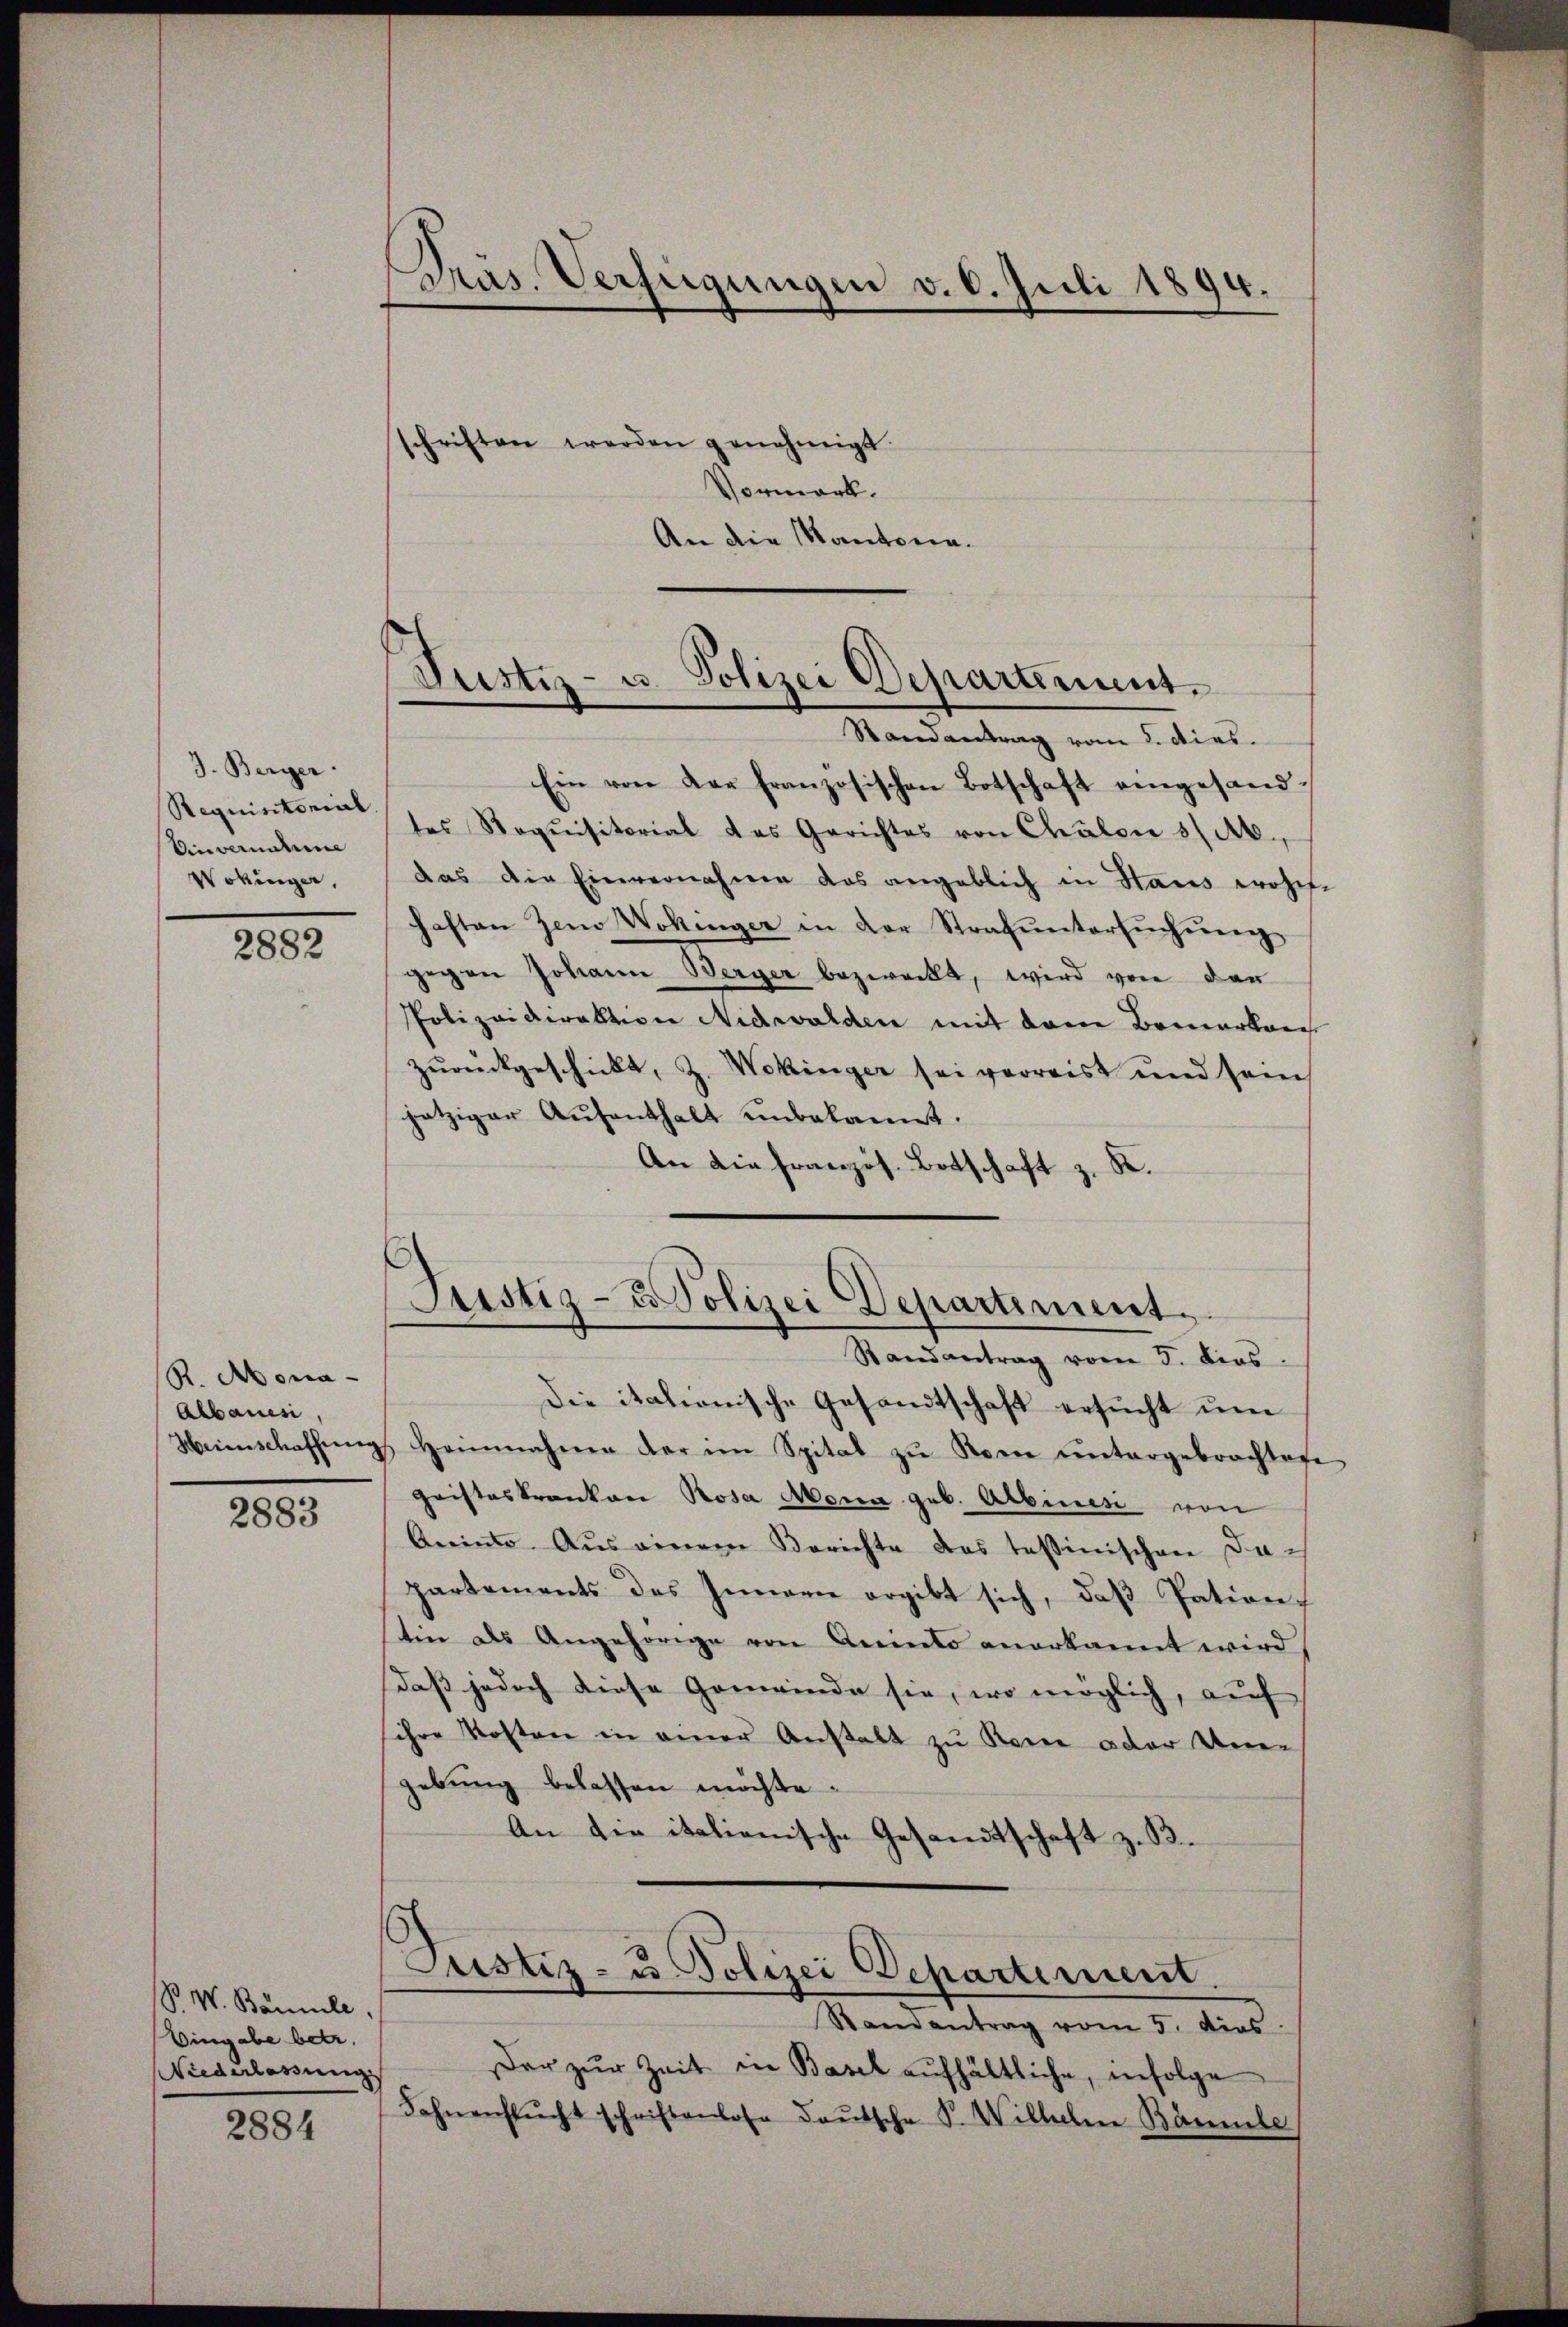
J. Berger
Requisitorial
Einvernahme
Wokinger,

2882

R. Mona¬
Abbaues,

2883

P. W. Bannle,
Eingabe betr.
Niederlassung

2884

Prus. Verfügungen v. 6. Juli 1894.

schriften werden genehmigt.
Vormerk.
An die Kantona¬

Justiz- u. Polizei Departement.
Randantrag vom 2. dies.

Ein von der französischen Botschaft eingesandtes Requisitorial des Gerichtes von Chalen 3/Ab.,
das die Einvernahme das angeblich in Staus wohn-
haften Zeno Wohinger in der Strafŭntersŭchŭng
gegen Johann Berger bezweckt, wird von der
PPolizeidirektion Nidwalden mit dem Bemerken
zŭrückgeschickt, z. Wokinger sei verreist und sein
jetziger Aufenthalt unbekannt.
An die französ. Botschaft z. K.

Justiz- & Polizei Departement.
Randantrag vom 5. dies

Die itationische Gesandtschaft ersucht um
Weinschaffŭng Heinnahmen der im Spital zŭ Rom ŭntergebrachtete
gristeskranken Rosa Mona geb. Albinesi von
Aninte. Aus einem Berichte das tessinischen Dapartements des Innern ergibt sich, daß Pation
tin als Angehörige von Aninto anerkannt wird
daß jedoch diese Gemeinde sie, wo möglich, auf
schen Kosten in einer Anstalt zu Rome oder Uner
gebung belassen möchte.
An die italienische Gesandtschaft z. B.
Justiz- u. Polizei Departement
Randantrag vom 5. dies
Der zŭr Zeit in Basel aufhältliche, infolge
Fahnenstŭcht schriftenlose Daŭtsche P. Wilhelm Bäumle